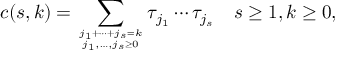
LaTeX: c ( s , k ) = \sum _ { j _ { 1 } + \cdots + j _ { s } = k \atop j _ { 1 } , \ldots , j _ { s } \geq 0 } \tau _ { j _ { 1 } } ^ { } \cdots \tau _ { j _ { s } } ^ { } \quad s \geq 1 , k \geq 0 ,